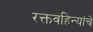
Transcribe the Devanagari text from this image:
रक्तवहिन्यांचे